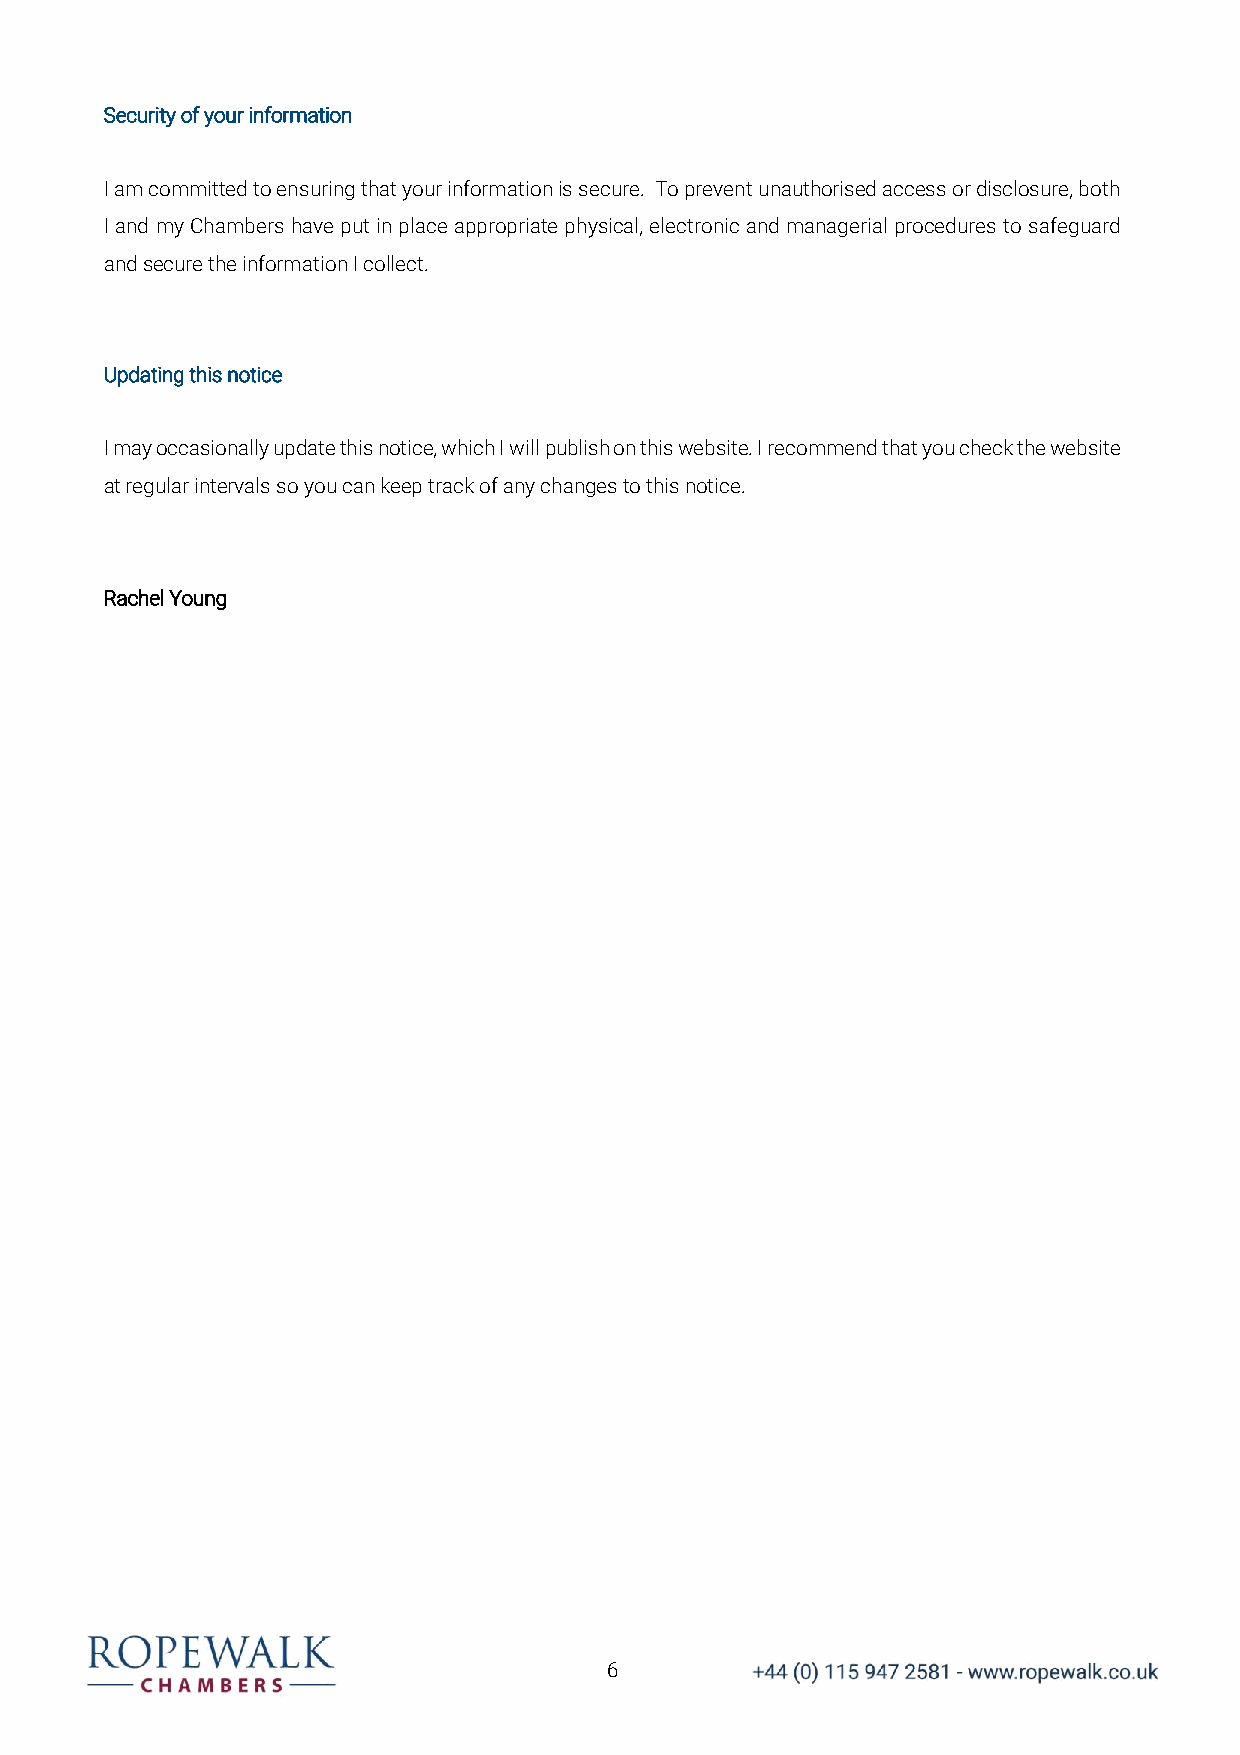
Security of your information
 I am committed to ensuring that your information is secure. To prevent unauthorised access or disclosure, both
 I and my Chambers have put in place appropriate physical, electronic and managerial procedures to safeguard
 and secure the information I collect.
 Updating this notice
 I may occasionally update this notice, which I will publish on this website. I recommend that you check the website
 at regular intervals so you can keep track of any changes to this notice.
 Rachel Young
 6